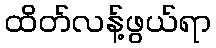
ထိတ်လန့်ဖွယ်ရာ